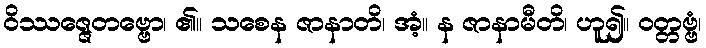
ဝိဿဇ္ဇေတဗ္ဗော၊ ၏။ သစေန ဇာနာတိ၊ အံ့။ န ဇာနာမီတိ၊ ဟူ၍။ ဝတ္တဗ္ဗံ၊